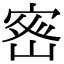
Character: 𭔀